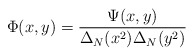
\begin{align*} \Phi(x,y) = \frac{\Psi(x,y)}{\Delta_N(x^2) \Delta_N(y^2)}\end{align*}